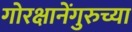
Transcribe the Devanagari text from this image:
गोरक्षानेंगुरुच्या